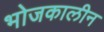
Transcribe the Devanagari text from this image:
भोजकालीन